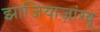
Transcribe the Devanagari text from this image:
झाजियाज़ांग्बू